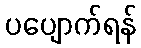
ပပျောက်ရန်